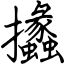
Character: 攭